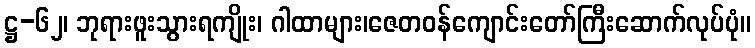
ဋ္ဌ-၆၂၊ ဘုရားဖူးသွားရကျိုး၊ ဂါထာများ၊ဇေတဝန်ကျောင်းတော်ကြီးဆောက်လုပ်ပုံ။